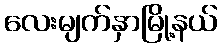
လေးမျက်နှာမြို့နယ်